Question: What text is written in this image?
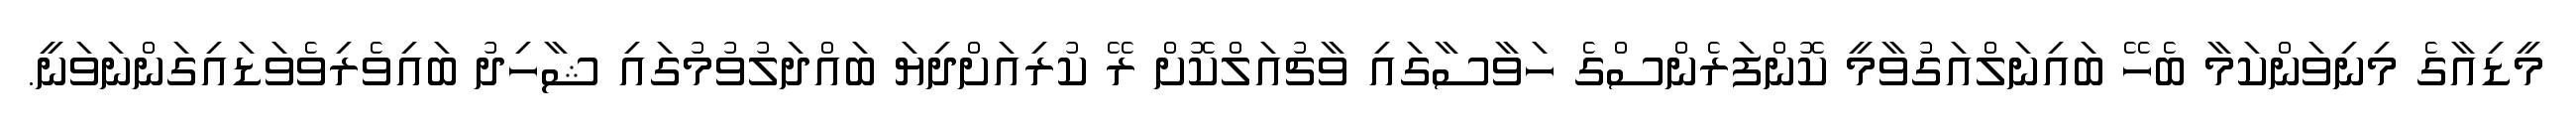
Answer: މީޑިއާގެ މިނިވަންކަމާ ބެހޭ ބައިނަލްއަގުވާމީ ކޮންފަރެންސްގެ ހަވާސާގައި ވާޗުއަލްކޮށް ރޭ ކުރިއަށްދިޔަ ބައްދަލުވުމުގައި ޝާހިދު ބައިވެރިވެވަޑައިގަންނަވަނީ.